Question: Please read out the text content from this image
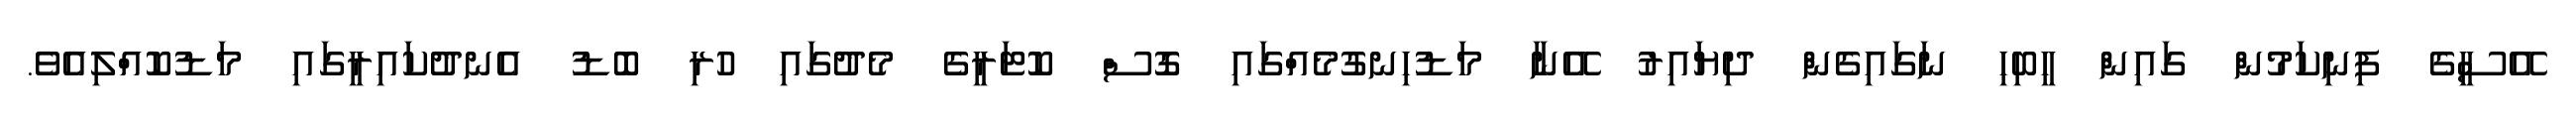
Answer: އޭސީގެ ފިނިކަމުން ގައިން ހީބިހި ނަގައިގެން ދިޔައިރު އޭނާ މަޑުހިނގުމެއްގައި ގޮސް ކޮޓަރީގެ މެދުގައި ހުރި ބޮޑު އެނދުކައިރީގައި މަޑުކޮއްލިއެވެ.